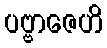
ပဗ္ဗာဇေဟိ